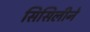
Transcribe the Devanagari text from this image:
सिसिलीने